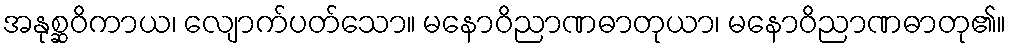
အနုစ္ဆဝိကာယ၊ လျောက်ပတ်သော။ မနောဝိညာဏဓာတုယာ၊ မနောဝိညာဏဓာတု၏။